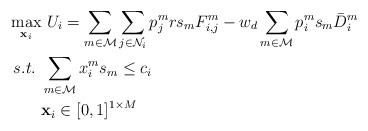
LaTeX: \begin{align*} \max_{\mathbf{x}_i} & \ U_i = \sum_{m\in\mathcal{M}}\sum_{j\in\mathcal{N}_i} p_j^mrs_{m}F_{i,j}^m - w_d\sum_{m\in\mathcal{M}}p_i^ms_m\bar{D}_{i}^{m} \\s.t.~&\sum_{m\in\mathcal{M}}x_i^ms_m\leq c_i\\~&\mathbf{x}_i \in [0,1]^{1\times M}\end{align*}